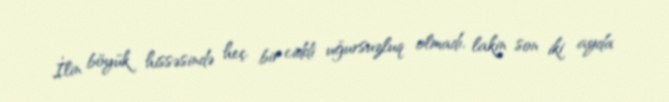
İlin böyük hissəsində heç bir ciddi uğursuzluq olmadı, lakin son iki ayda